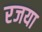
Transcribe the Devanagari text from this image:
रजया